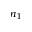
n _ { 1 }